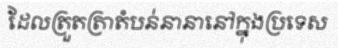
ដែលត្រួតត្រាតំបន់នានានៅក្នុងប្រទេស